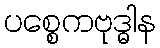
ပစ္စေကဗုဒ္ဓါန